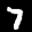
Label: 7